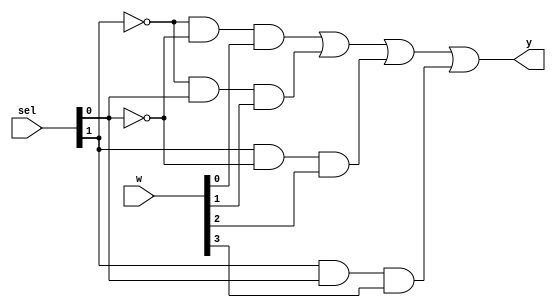
`timescale 1ns / 1ps
//////////////////////////////////////////////////////////////////////////////////
// Company: 
// Engineer: 
// 
// Design Name: 
// Module Name:    multiplexer4x1 
// Project Name: 
// Target Devices: 
// Tool versions: 
// Description: 
//
// Dependencies: 
//
// Revision: 
// Revision 0.01 - File Created
// Additional Comments: 
//
//////////////////////////////////////////////////////////////////////////////////
module multiplexer4x1 (
	input [3:0] w ,
	input [1:0]	sel ,
	output y
);
	wire [1:0] notSel;
    wire [3:0] andOut;
    not gN0(notSel[0],sel[0]);
    not gN1(notSel[1],sel[1]);
    and gA0(andOut[0],notSel[1],notSel[0],w[0]);
    and gA1(andOut[1],notSel[1],sel[0],w[1]);
    and gA2(andOut[2],sel[1],notSel[0],w[2]);
    and gA3(andOut[3],sel[1],sel[0],w[3]);
    or gO0(y,andOut[0],andOut[1],andOut[2],andOut[3]);

endmodule